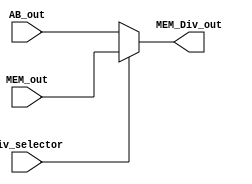
module mux_divA (
    input  wire div_selector,
    input  wire [31:0] AB_out,
    input  wire [31:0] MEM_out,
    output wire [31:0] MEM_Div_out
);

    assign MEM_Div_out = (div_selector) ? MEM_out : AB_out;
    
endmodule